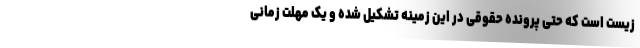
زیست است که حتی پرونده حقوقی در این زمینه تشکیل شده و یک مهلت زمانی